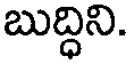
బుద్ధిని.